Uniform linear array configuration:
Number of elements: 8
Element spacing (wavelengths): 0.5
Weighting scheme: binomial
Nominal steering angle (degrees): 60
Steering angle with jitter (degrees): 61.496
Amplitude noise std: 0.05
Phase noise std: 0.05

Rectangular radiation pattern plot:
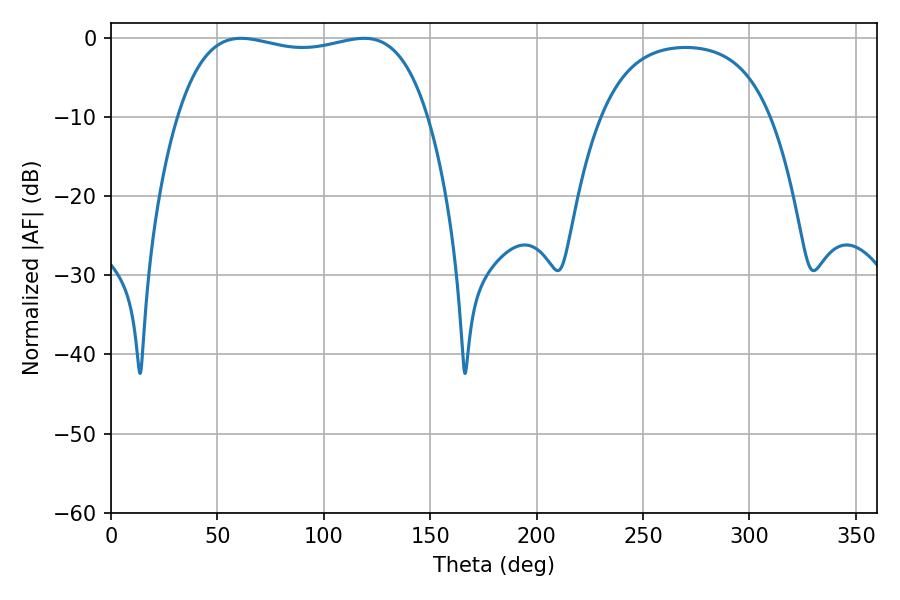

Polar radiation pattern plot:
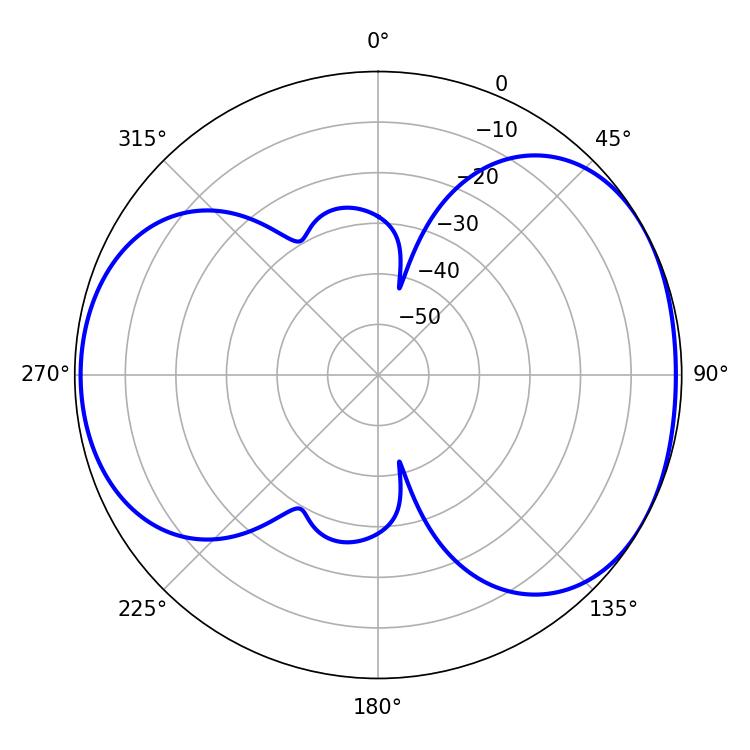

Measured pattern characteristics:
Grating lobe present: FALSE
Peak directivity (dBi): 4.834
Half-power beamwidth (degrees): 94.68
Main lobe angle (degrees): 61.2